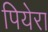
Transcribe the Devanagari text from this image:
पियेरा